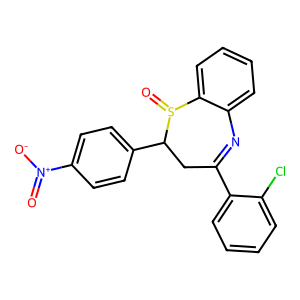
SMILES: O=[N+]([O-])c1ccc(C2CC(c3ccccc3Cl)=Nc3ccccc3S2=O)cc1
Inhibits HIV replication: No